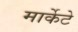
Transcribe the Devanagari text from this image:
मार्केटे